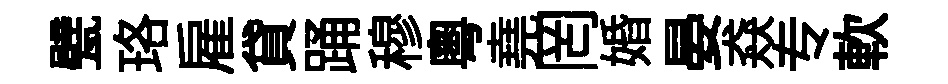
甓珞雇貸踊穆粵堯罔婚晏猋专軟